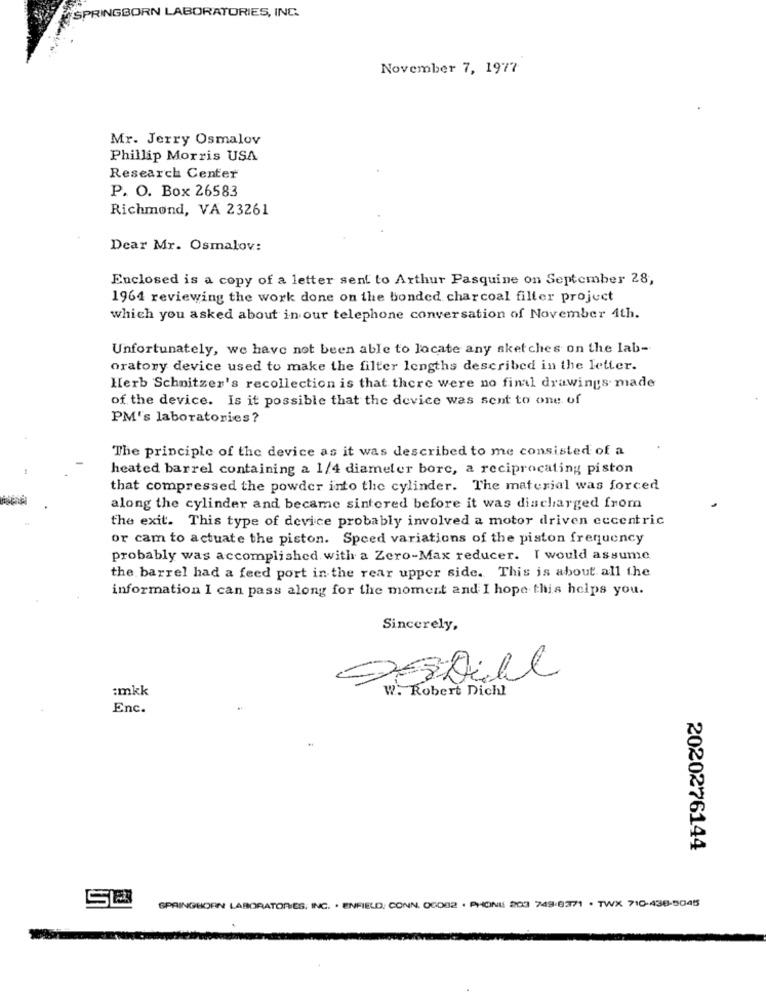
SPRINGBORN LABORATORIES, INC.
November 7, 1977
Mr. Jerry Osmalov
Phillip Morris USA
Research Center
P. O. Box 26583
Richmond, VA 23261
Dear Mr. Osmalov:
Enclosed is a copy of a letter sent to Arthur Pasquine on September 28,
1964 reviewing the work done on the bonded charcoal filter project
which you asked about in our telephone conversation of November 4th.
Unfortunately, we have not been able to locate any sketches on the lab-
oratory device used to make the filter lengths described in the letter.
Herb Schnitzer's recollection is that there were no final drawings made
of the device. Is it possible that the device was sent to one of
PM's laboratories?
The principle of the device as it was described to me consisted of a
heated barrel containing a 1/4 diameter bore, a reciprocating piston
that compressed the powder into the cylinder. The material was forced
along the cylinder and became sintered before it was discharged from
the exit. This type of device probably involved a motor driven eccentric
or cam to actuate the piston. Speed variations of the piston frequency
probably was accomplished with a Zero-Max reducer. I would assume
the barrel had a feed port in the rear upper side. This is about all the
information I can pass along for the moment and I hope this helps you.
Sincerely,
:mkk
W. Robert Dichl
Enc.
2020276144
SPRINGHORN LABORATORIES, INC. . ENFIELD, CONN. 06082 . PHONE 203 749 8371 . TWX 710-438-5045